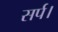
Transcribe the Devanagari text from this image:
सर्प।